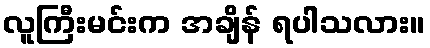
လူကြီးမင်းက အချိန် ရပါသလား။